Rae_vallavalitsus, lk 12
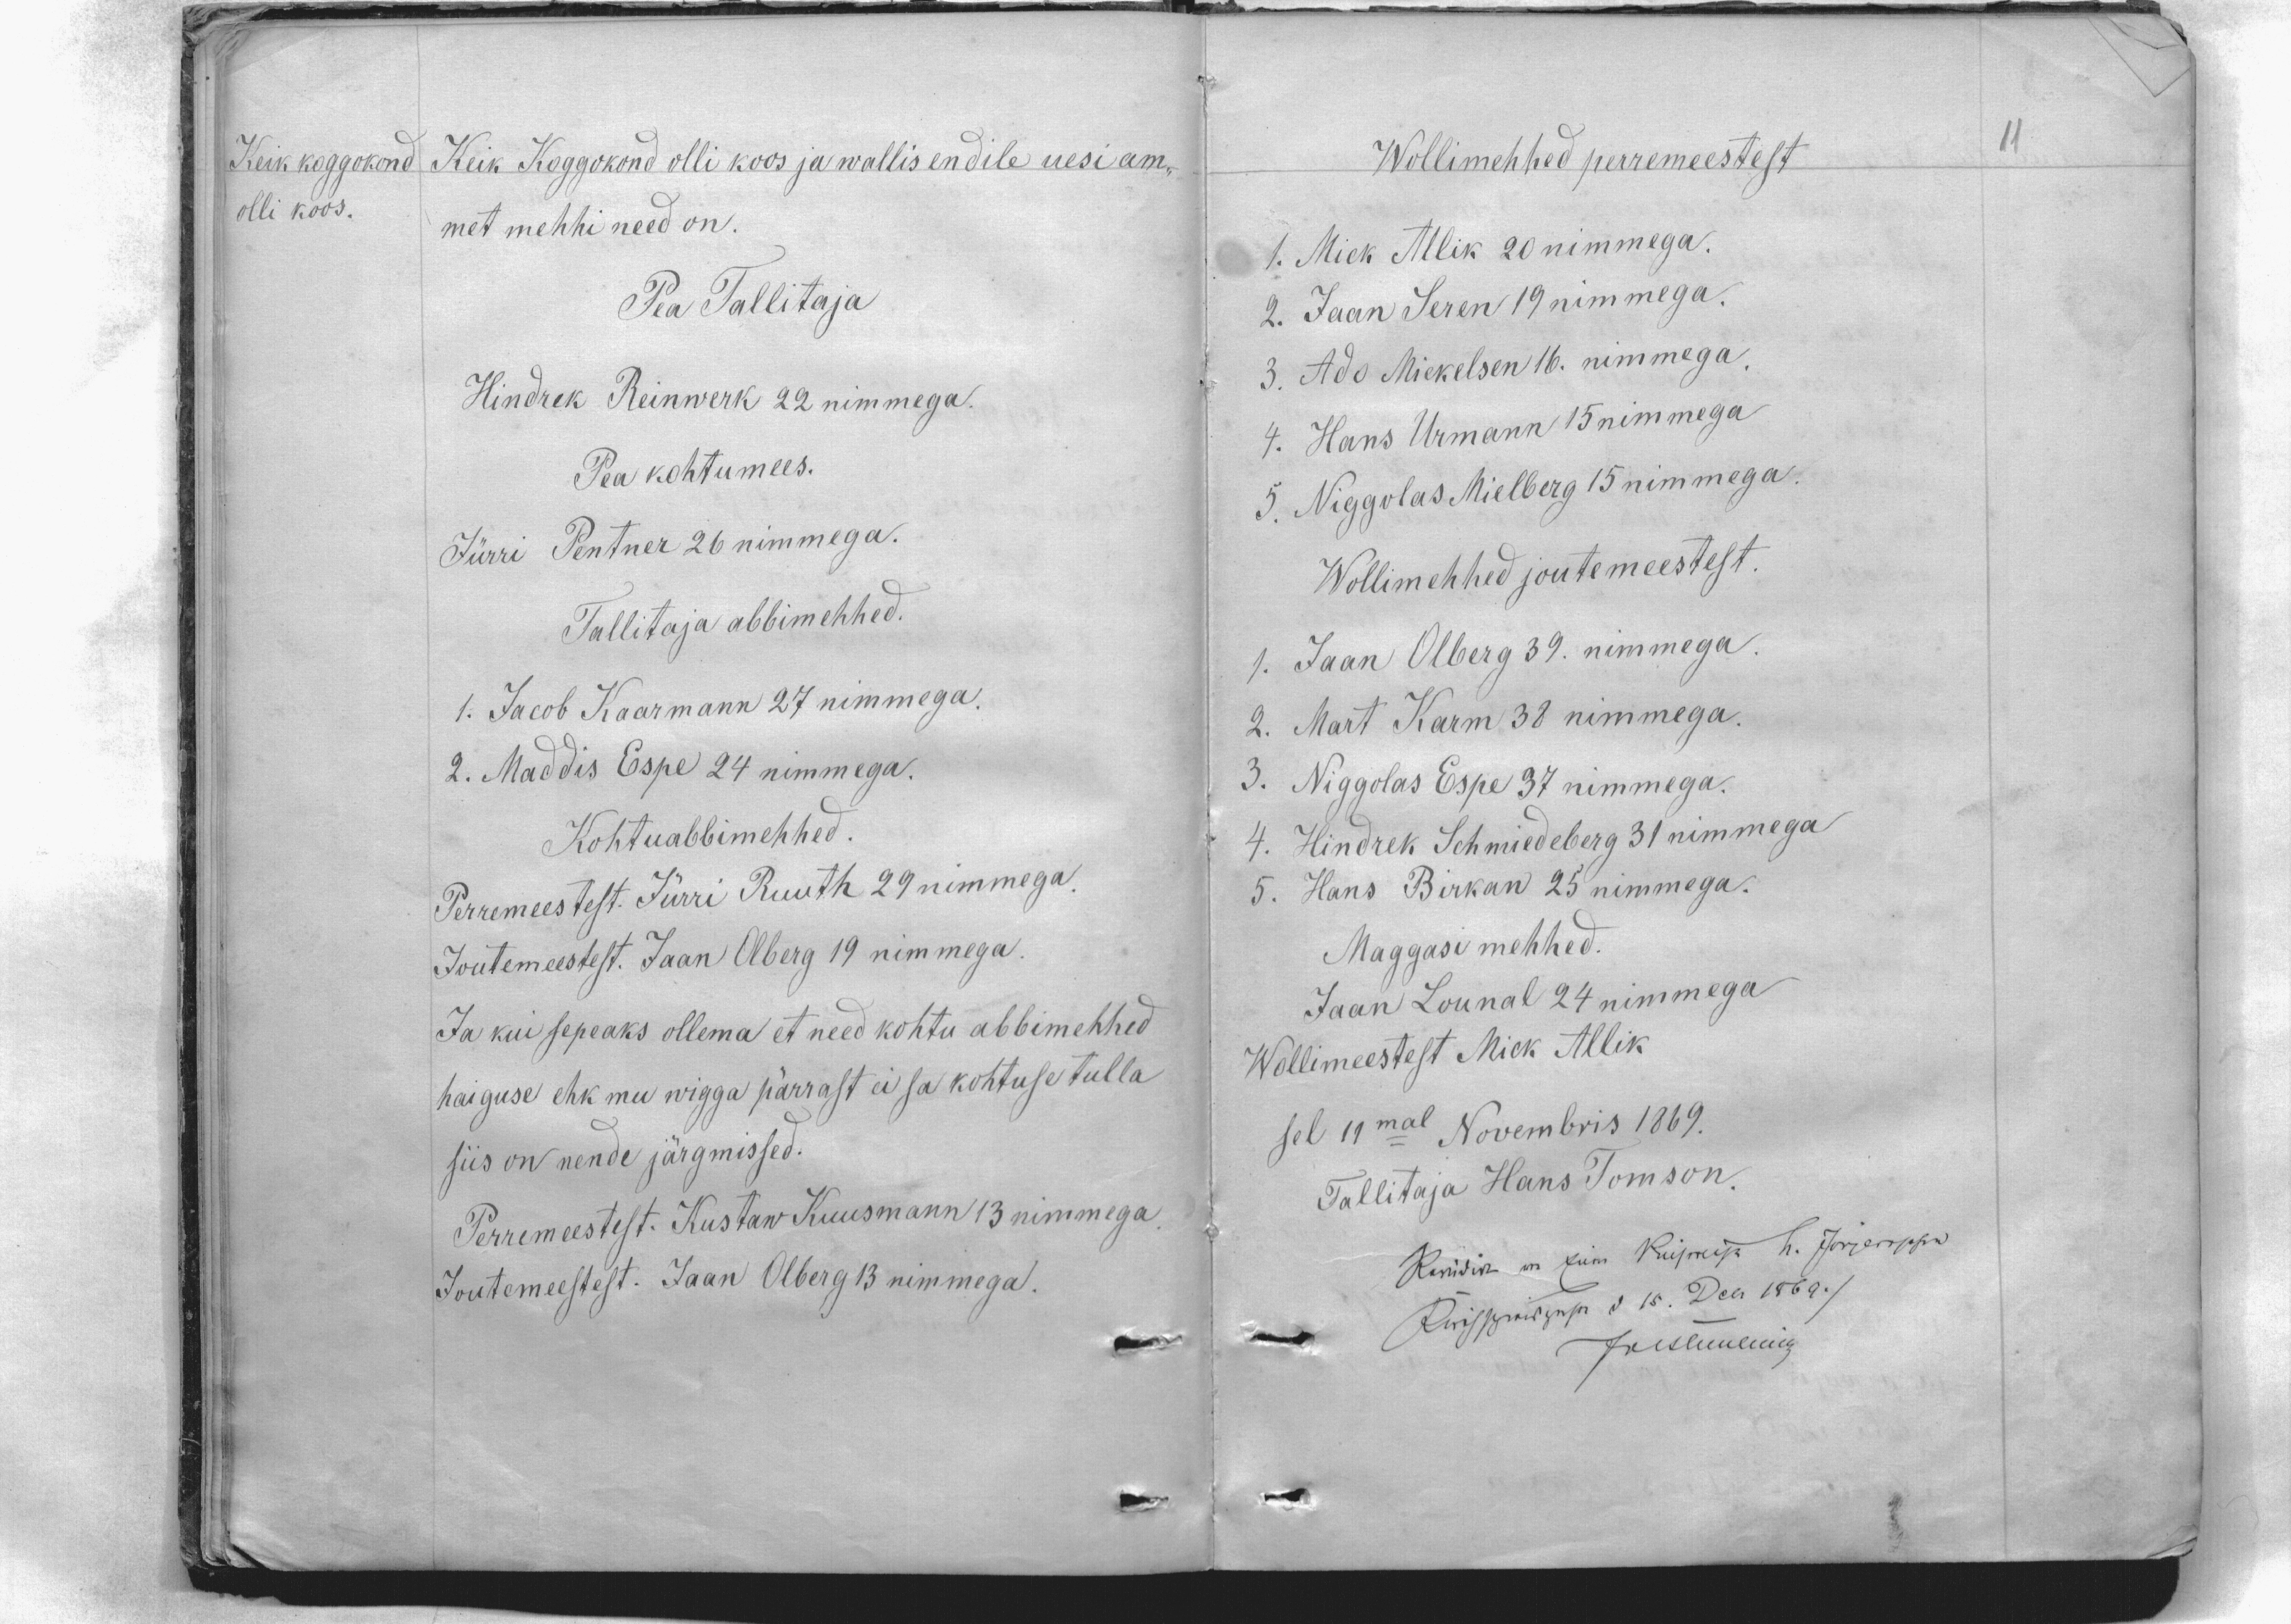
Keik koggokond
olli koos.
Keik Koggokond olli koos ja wallis endile uesi am-
met mehhi need on.
Pea Tallitaja
Hindrek Reinwerk 22 nimmega.
Pea kohtumees.
Jürri Pentner 26 nimmega.
Tallitaja abbimehhed.
1. Jacob Kaarmann 27 nimmega.
2. Maddis Espe 24 nimmega.
Kohtuabbimehhed
Perremeestest. Jürri Ruuth 29 nimmega.
Joutemeestest. Jaan Olberg 19 nimmega.
Ja kui sepeaks ollema et need kohtu abbimehhed
haiguse ehk mu wigga pärrast ei sa kohtuse tulla
siis on nende järgmissed.
Perremeestest. Kustaw Kuusmann 13 nimmega.
Joutemeestest. Jaan Olberg 13 nimmega.

Wollimehhed perremeestest
11
1. Mick Allik 20 nimmega.
2. Jaan Seren 19 nimmega.
3. Ado Miekelsen 16. nimmega.
4. Hans Urmann 15 nimmega
5. Niggolas Mielberg 15 nimmega.
Wollimehhed joutemeestest.
1. Jaan Olberg 39. nimmega.
2. Mart Karm 38 nimmega.
3. Niggolas Espe 37 nimmega.
4. Hindrek Schmiedeberg 31 nimmega
5. Hans Birkan 25 nimmega.
Maggasi mehhed.
Jaan Lounal 24 nimmega
Wollimeestest Mick Allik
sel 11mal Novembris 1869.
Tallitaja Hans Tomson.